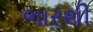
ભારથી